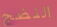
النضج